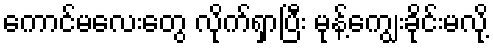
ကောင်မလေးတွေ လိုက်ရှာပြီး မုန့်ကျွေးခိုင်းမလို့